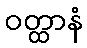
ဝတ္ထာနံ